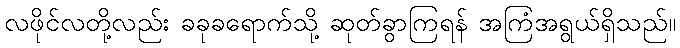
လဖိုင်လတို့လည်း ခခုခရောက်သို့ ဆုတ်ခွာကြရန် အကြံအရွယ်ရှိသည်။